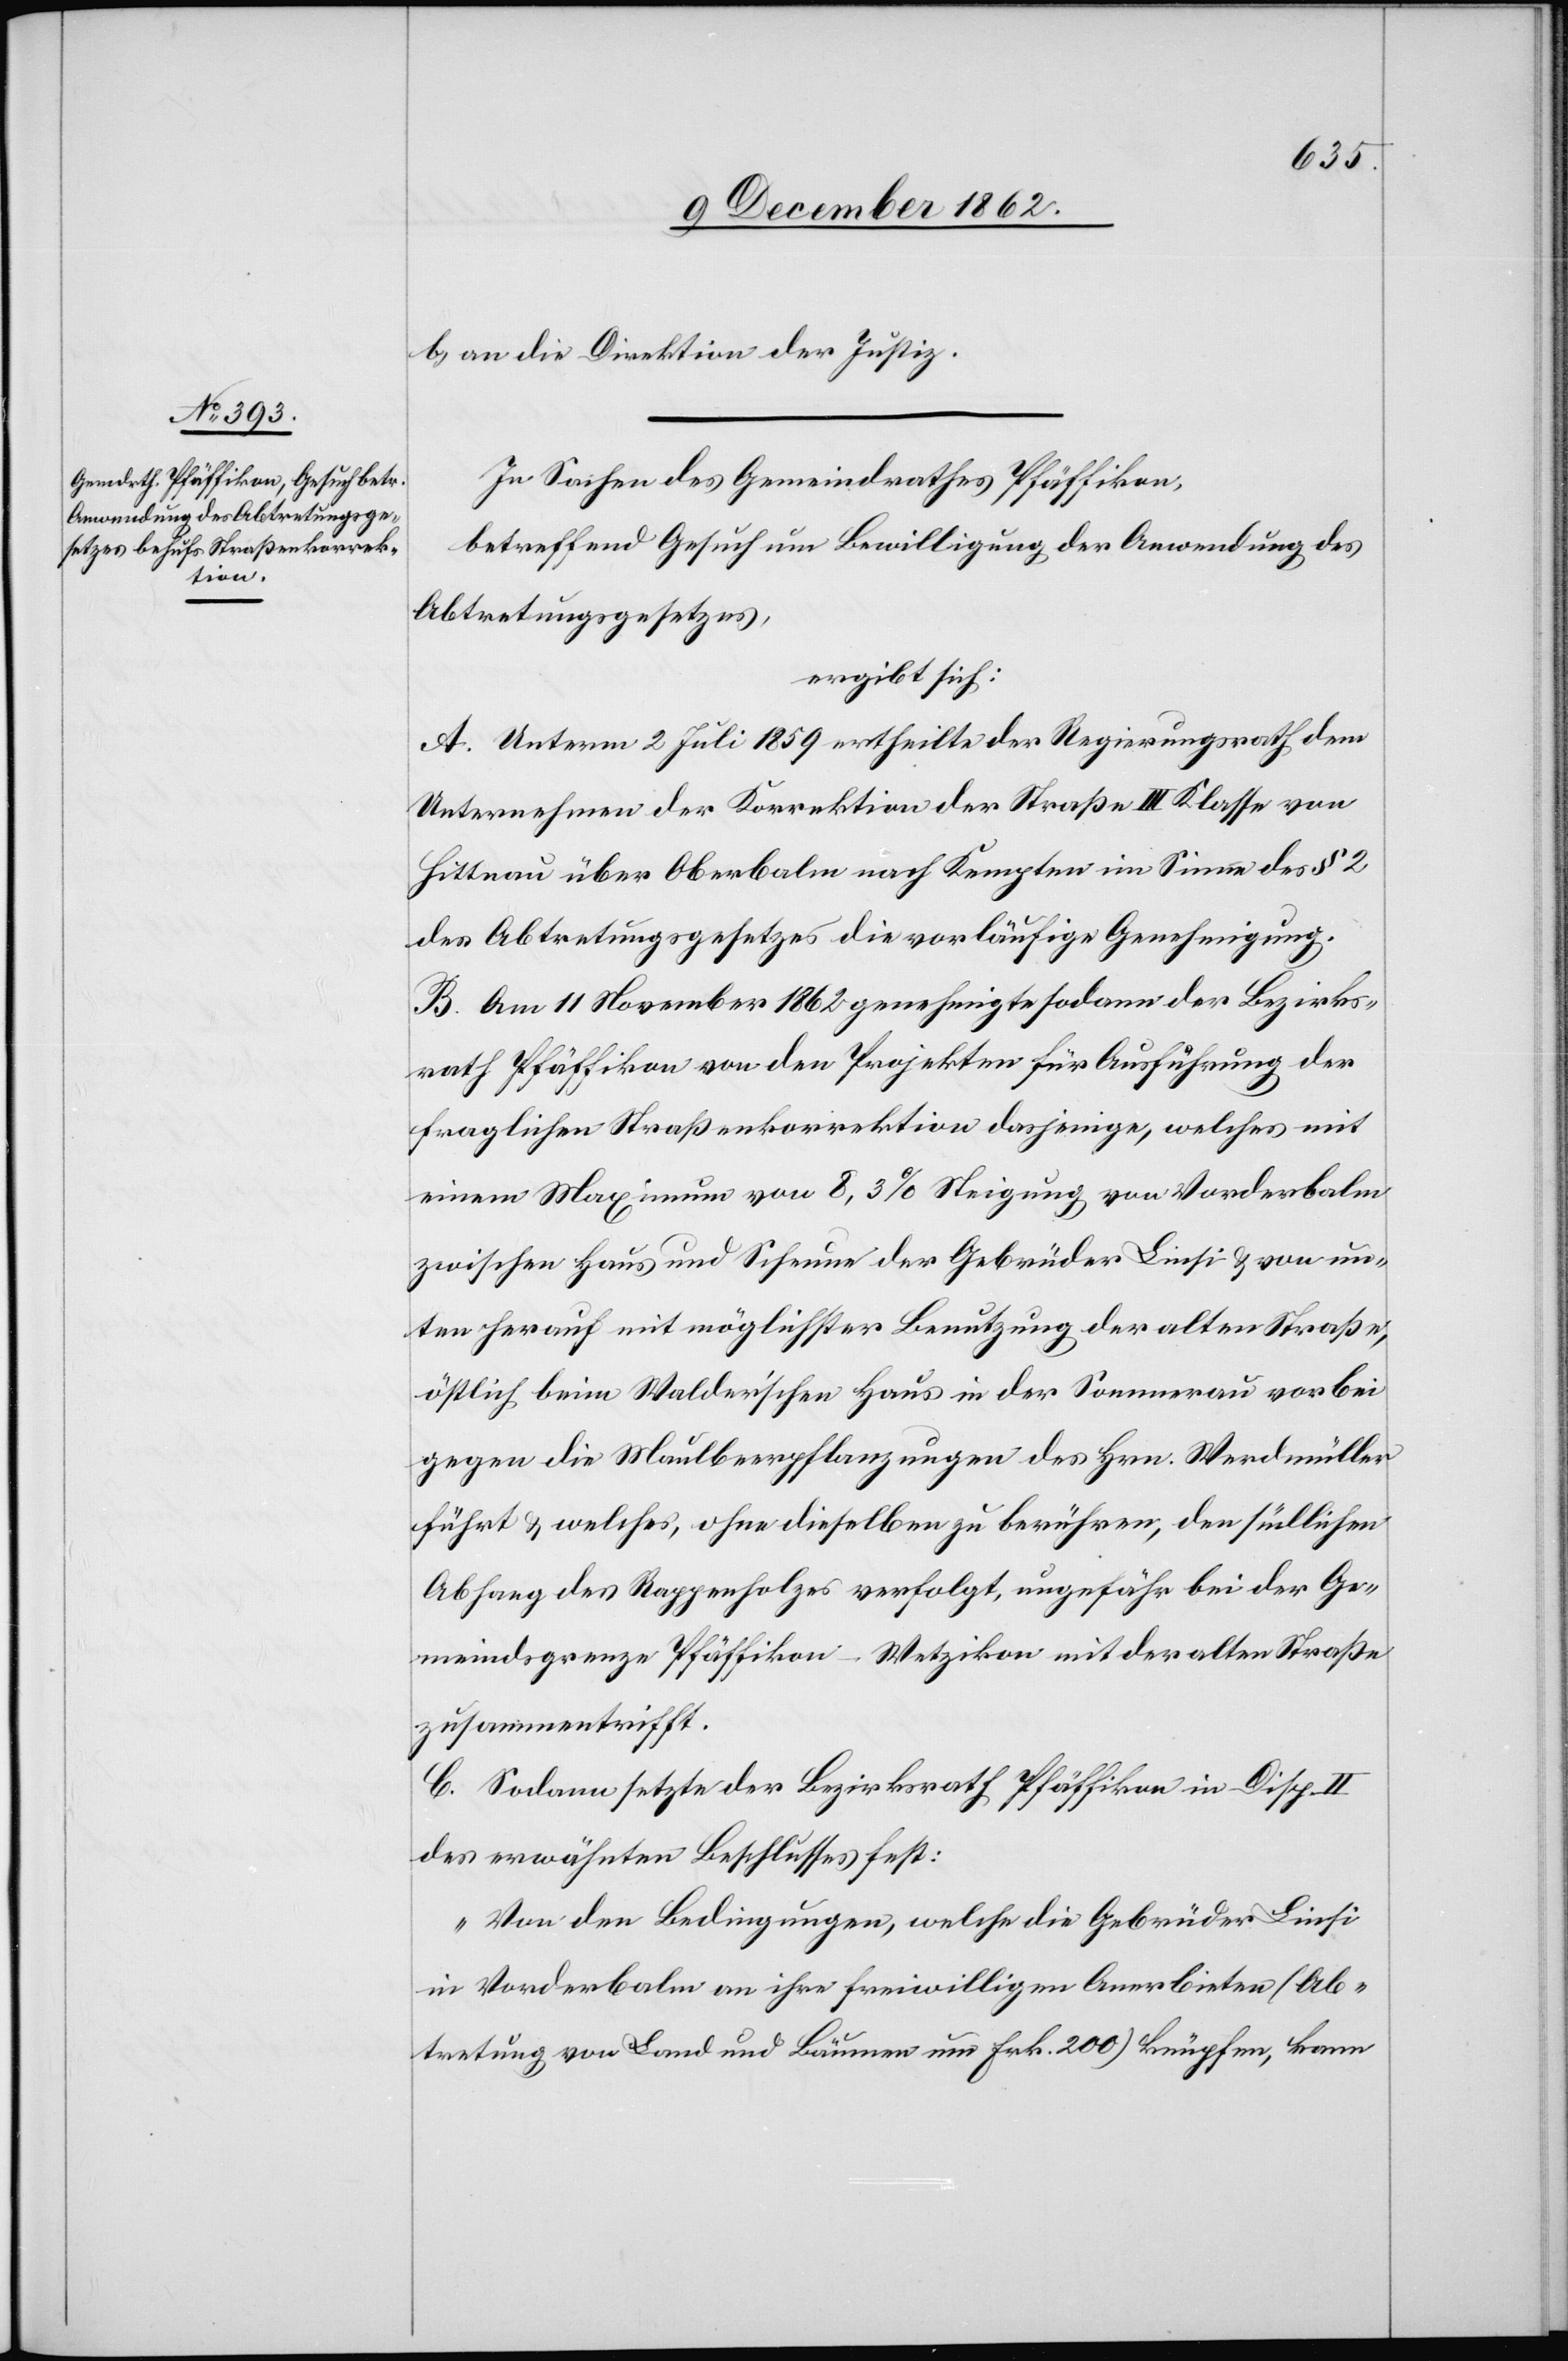
b. an die Direktion der Justiz.
In Sachen des Gemeindrathes Pfäffikon,
betreffend Gesuch um Bewilligung der Anwendung des
Abtretungsgesetzes,
ergibt sich:
A. Unterm 2. Juli 1859 ertheilte der Regierungsrath dem
Unternehmen der Korrektion der Straße III Klasse von
Hittnau über Oberbalm nach Kempten im Sinne des § 2
des Abtretungsgesetzes die vorläufige Genehmigung.
B. Am 11. November 1862 genehmigte sodann der Bezirks¬
rath Pfäffikon von den Projekten für Ausführung der
fraglichen Straßenkorrektion dasjenige, welches mit
einem Maximum von 8,3% Steigung von Vorderbalm
zwischen Haus und Scheune der Gebrüder Linsi u. von un¬
ten herauf mit möglichster Benutzung der alten Straße,
östlich beim Walder’schen Haus in der Sommerau vorbei
gegen die Maulbeerpflanzungen des Hrn. Werdmüller
führt u. welches, ohne dieselben zu berühren, den südlichen
Abhang des Rappenholzes verfolgt, ungefähr bei der Ge¬
meindsgrenze Pfäffikon–Wetzikon mit der alten Straße
zusammentrifft.
C. Sodann setzte der Bezirksrath Pfäffikon in Disp. II
des erwähnten Beschlusses fest:
„Von den Bedingungen, welche die Gebrüder Linsi
in Vorderbalm an ihre freiwilligen Anerbieten (Ab¬
tretung von Land und Bäumen um Frk. 200) knüpfen, kann